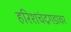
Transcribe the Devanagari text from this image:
हरिशचंद्रगडावर